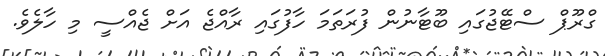
ގްރޫޕް ސްޓޭޖުގައި ބޫޓާނުން ފުރަތަމަ ހާފުގައި ރާއްޖެ އަށް ޖެއްސީ މި ހާލެވެ.